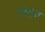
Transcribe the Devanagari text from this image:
प्रोड्स